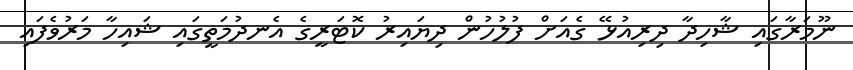
ނޫމަރާގައި ޝާހިދާ ދިރިއުޅޭ ގެއަށް ފުލުހުން ދިޔައިރު ކޮޓަރީގެ އެނދުމަތީގައި ޝައިހާ މަރުވެފައި